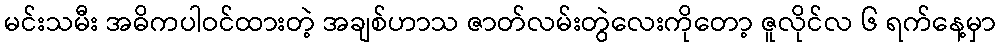
မင်းသမီး အဓိကပါဝင်ထားတဲ့ အချစ်ဟာသ ဇာတ်လမ်းတွဲလေးကိုတော့ ဇူလိုင်လ ၆ ရက်နေ့မှာ